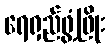
ရေရှည်ဖွံ့ဖြိုး